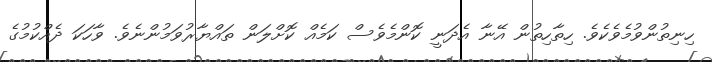
ހިނިތުންވުމެވެކެވެ. ހިތާހިތުން އޭނާ އެދަނީ ކޮންމެވެސް ކަމެއް ކޮށްލަން ތައްޔާރުވަމުންނެވެ. ވާހަކަ ދެއްކުމުގެ